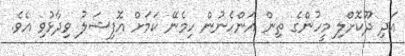
އަދި ދޫކޮށްލި މީހުންގެ ތިން އަންހެނުން ހިމެނޭ ކަމަށް އޮފިޝަލު ވިދާޅުވި އެވެ.